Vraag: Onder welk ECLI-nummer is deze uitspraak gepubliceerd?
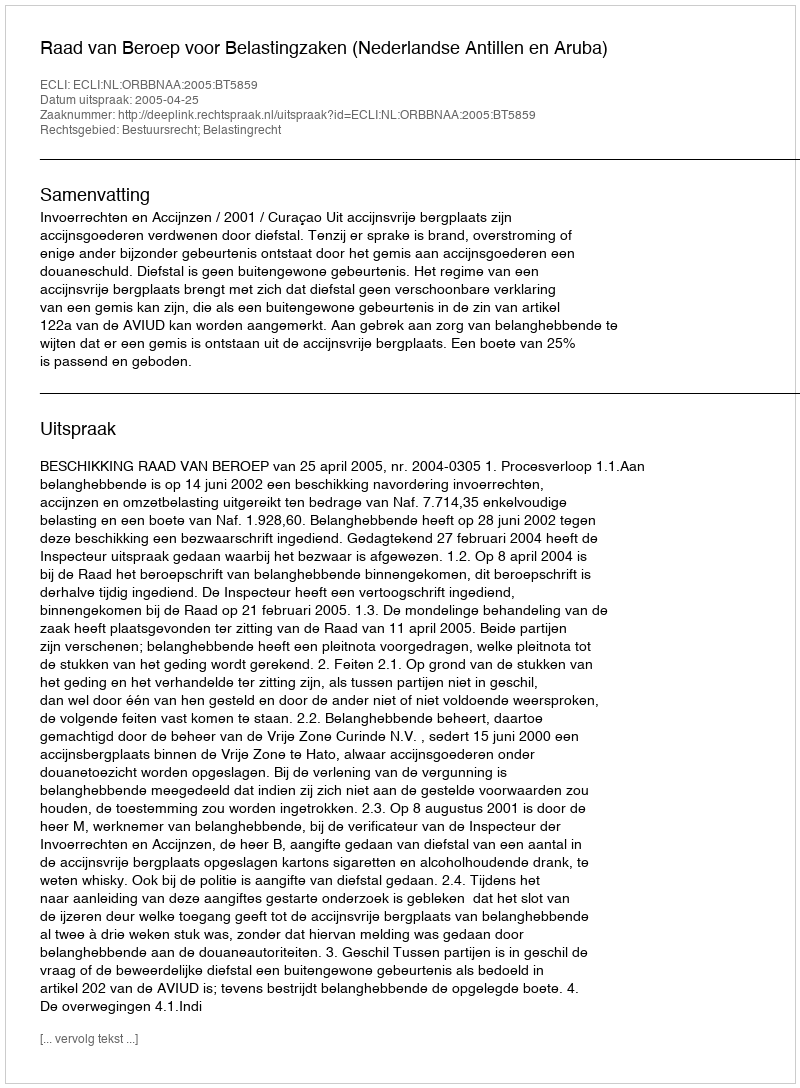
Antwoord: ECLI:NL:ORBBNAA:2005:BT5859